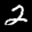
Label: 2